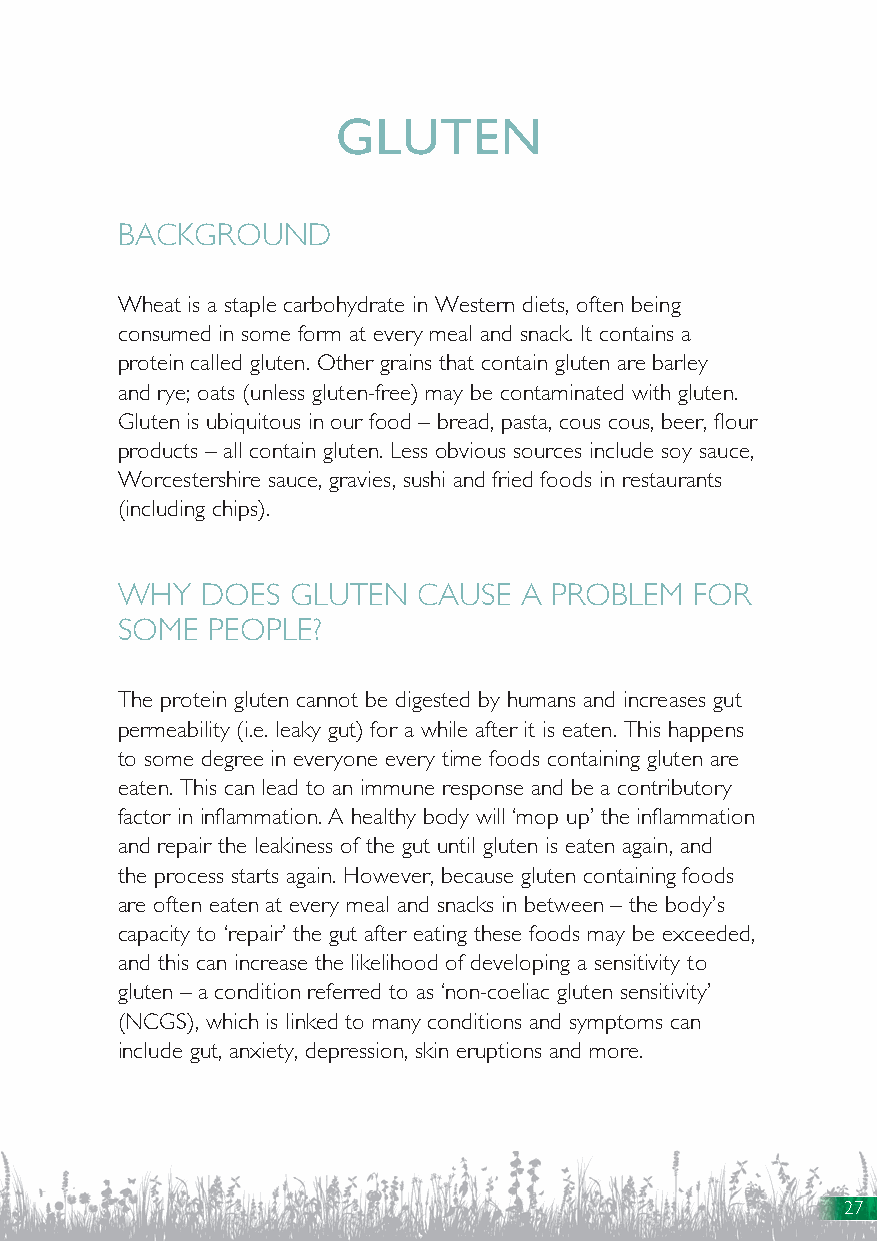
GLUTEN
 BACKGROUND
 Wheat is a staple carbohydrate in Western diets, often being
 consumed in some form at every meal and snack. It contains a
 protein called gluten. Other grains that contain gluten are barley
 and rye; oats (unless gluten-free) may be contaminated with gluten.
 Gluten is ubiquitous in our food – bread, pasta, cous cous, beer, flour
 products – all contain gluten. Less obvious sources include soy sauce,
 Worcestershire sauce, gravies, sushi and fried foods in restaurants
 (including chips).
 WHY  DOES  GLUTEN   CAUSE  A PROBLEM  FOR
 SOME  PEOPLE?
 The protein gluten cannot be digested by humans and increases gut
 permeability (i.e. leaky gut) for a while after it is eaten. This happens
 to some degree in everyone every time foods containing gluten are
 eaten. This can lead to an immune response and be a contributory
 factor in inflammation. A healthy body will ‘mop up’ the inflammation
 and repair the leakiness of the gut until gluten is eaten again, and
 the process starts again. However, because gluten containing foods
 are often eaten at every meal and snacks in between – the body’s
 capacity to ‘repair’ the gut after eating these foods may be exceeded,
 and this can increase the likelihood of developing a sensitivity to
 gluten – a condition referred to as ‘non-coeliac gluten sensitivity’
 (NCGS), which is linked to many conditions and symptoms can
 include gut, anxiety, depression, skin eruptions and more.
 27